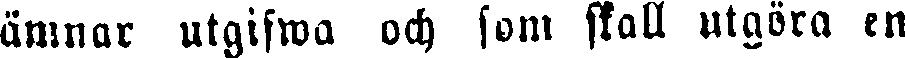
ämnar utgifwa och som skall utgöra en